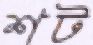
শট